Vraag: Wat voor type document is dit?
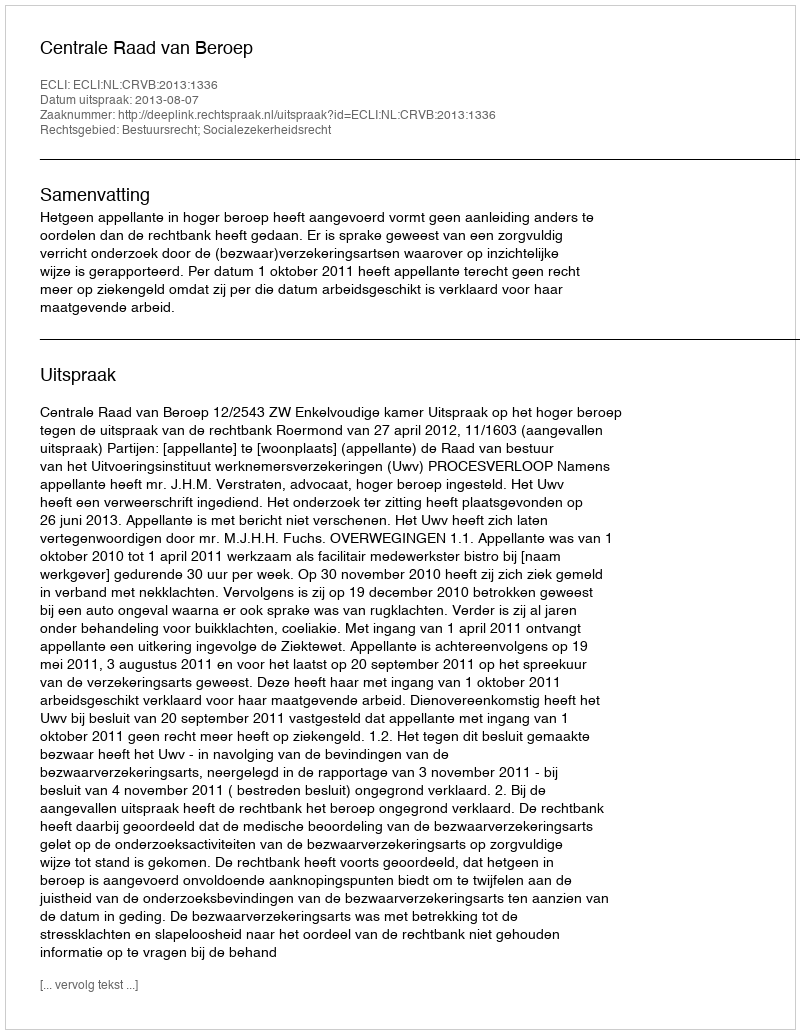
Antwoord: Uitspraak